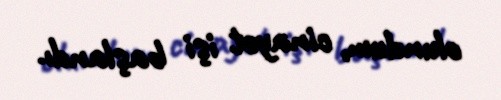
olundum, cinayət işi başlandı.